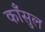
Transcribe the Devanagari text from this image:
काँसुल